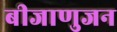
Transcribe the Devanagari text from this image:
बीजाणुजन